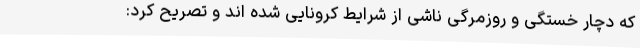
که دچار خستگی و روزمرگی ناشی از شرایط کرونایی شده اند و تصریح کرد: